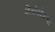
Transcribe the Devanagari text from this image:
हितोपदेशचा